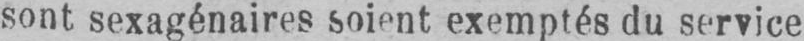
sont sexagénaires soient exemptés du service